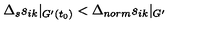
\Delta _ { s } s _ { i k } | _ { G ^ { \prime } ( t _ { 0 } ) } < \Delta _ { n o r m } s _ { i k } | _ { G ^ { \prime } }